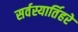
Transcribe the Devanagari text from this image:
सर्वस्यार्तिहरे